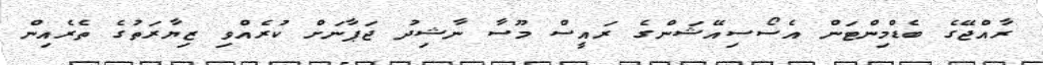
ރާއްޖޭގެ ބެޑްމިންޓަން އެސޯސިއޭޝަންގެ ރައީސް މޫސާ ނާޝިދު ޖަޕާނަށް ކުރެއްވި ޒިޔާރަތުގެ ތެރެއިން